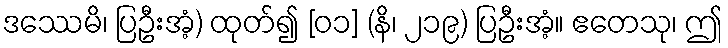
ဒဿေမိ၊ ပြဦးအံ့) ထုတ်၍ [၀၁] (နိ၊ ၂၁၉) ပြဦးအံ့။ ဧတေသု၊ ဤ